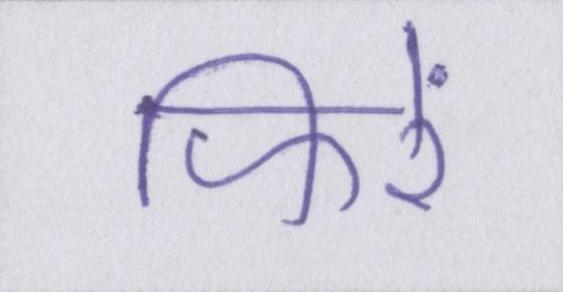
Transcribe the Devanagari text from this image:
फिरें